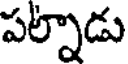
పల్నాడు